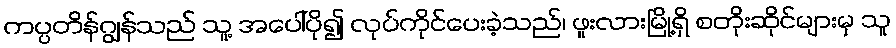
ကပ္ပတိန်ဂျွန်သည် သူ့ အပေါ်ပို၍ လုပ်ကိုင်ပေးခဲ့သည်၊ ဖူးလားမြို့ရှိ စတိုးဆိုင်များမှ သူ